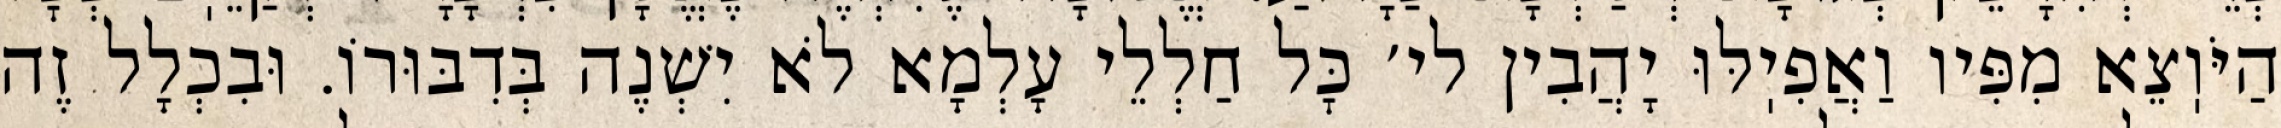
הַיֹּוֽצֵא מִפִּיו וַאֲפִיֽלּוּ יָהֲבִין לי׳ כׇּל חַלְלֵי עָלְמָא לֹא יִשְׁנֶה בְּדִבּוּרוֹ. וּבִכְלָל זֶה